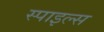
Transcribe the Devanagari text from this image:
स्पाइल्स